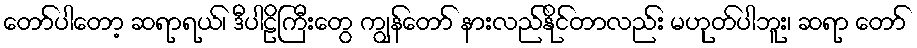
တော်ပါတော့ ဆရာရယ်၊ ဒီပါဠိကြီးတွေ ကျွန်တော် နားလည်နိုင်တာလည်း မဟုတ်ပါဘူး၊ ဆရာ တော်